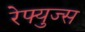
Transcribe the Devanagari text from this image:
रेफ्युज्स